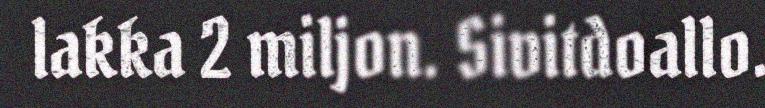
lakka 2 miljon. Sivitdoallo.